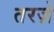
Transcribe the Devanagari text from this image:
तरज़े